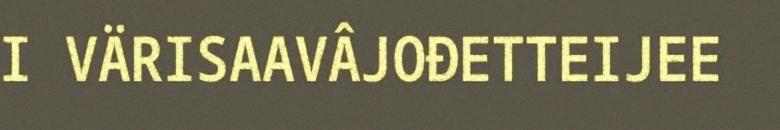
I VÄRISAAVÂJOĐETTEIJEE